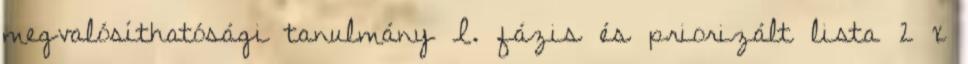
megvalósíthatósági tanulmány I. fázis és priorizált lista 2 x